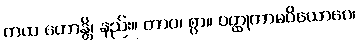
ကထ ဟောန္တိ၊ နည်း။ တာဝ၊ စွာ။ ဝတ္ထုကာမဝိယောဂေ၊